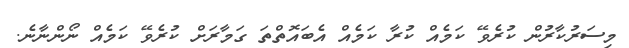
މިސަރުކާރުން ކުރެވޭ ކަމެއް ކުރާ ކަމެއް އެބައޮތްތަ ގަމާރަށް ކުރެވޭ ކަމެއް ނޯންނާނެ.